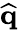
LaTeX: \widehat{\mathbf{q}}